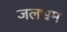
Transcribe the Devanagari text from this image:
जलभ्रम